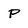
Character: P